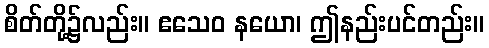
စိတ်တို့၌လည်း။ ဧသေဝ နယော၊ ဤနည်းပင်တည်း။